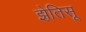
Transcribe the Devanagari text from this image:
झ़ेतिसू